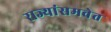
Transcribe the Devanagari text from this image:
राज्यांसमवेत